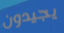
يجيدون